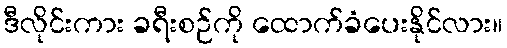
ဒီလိုင်းကား ခရီးစဉ်ကို ထောက်ခံပေးနိုင်လား။